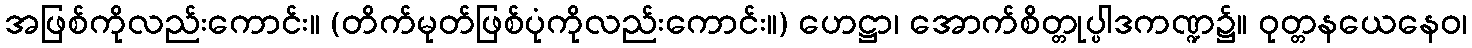
အဖြစ်ကိုလည်းကောင်း။ (တိက်မုတ်ဖြစ်ပုံကိုလည်းကောင်း။) ဟေဋ္ဌာ၊ အောက်စိတ္တုပ္ပါဒကဏ္ဍ၌။ ဝုတ္တနယေနေဝ၊